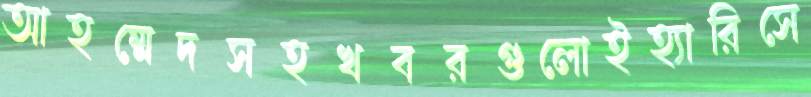
আহম্মেদসহখবরগুলোইহ্যারিসে